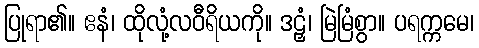
ပြုရာ၏။ ဧနံ၊ ထိုလုံ့လဝီရိယကို။ ဒဠှံ၊ မြဲမြံစွာ။ ပရက္ကမေ၊